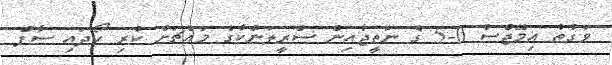
ވަގުތު އިމޭޖްސް 0-5 ގެ ނަތީޖާއިން ސްރީލަންކާގެ މައްޗަށް ކުރި ހޯދައި ސާފް